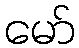
မော်